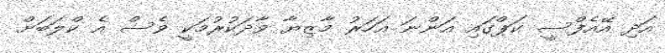
އަދި އޭއެފްސީ ކަޕްގައި އަންނަ އަހަރު މާޒިޔާ ވާދަކުރުމަކީ ވެސް އެ ކްލަބަށް